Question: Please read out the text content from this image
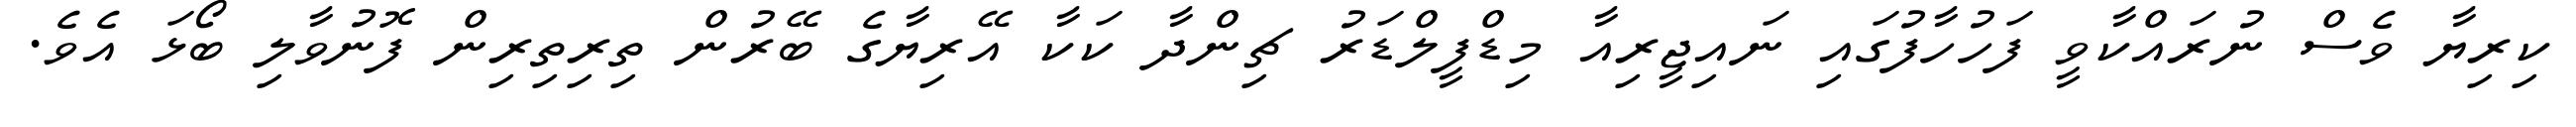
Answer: ކިރިޔާ ވެސް ނުރައްކާވީ ފަހުހާފުގައި ނައިޖީރިއާ މިޑްފީލްޑަރު ޗިންދާ ކަކާ އޭރިޔާގެ ބޭރުން ތިރިތިރިން ފޮނުވާލި ބޯޅަ އެވެ.